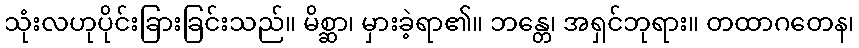
သုံးလဟုပိုင်းခြားခြင်းသည်။ မိစ္ဆာ၊ မှားခဲ့ရာ၏။ ဘန္တေ၊ အရှင်ဘုရား။ တထာဂတေန၊